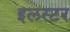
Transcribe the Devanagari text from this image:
इलस्टर